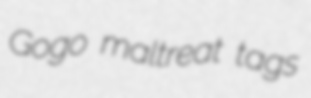
Gogo maltreat tags